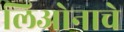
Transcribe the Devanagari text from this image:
लिओनाचे